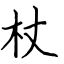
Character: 杖